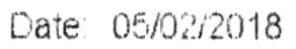
DATE: 05/02/2018